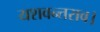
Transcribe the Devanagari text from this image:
यशवन्तराव।